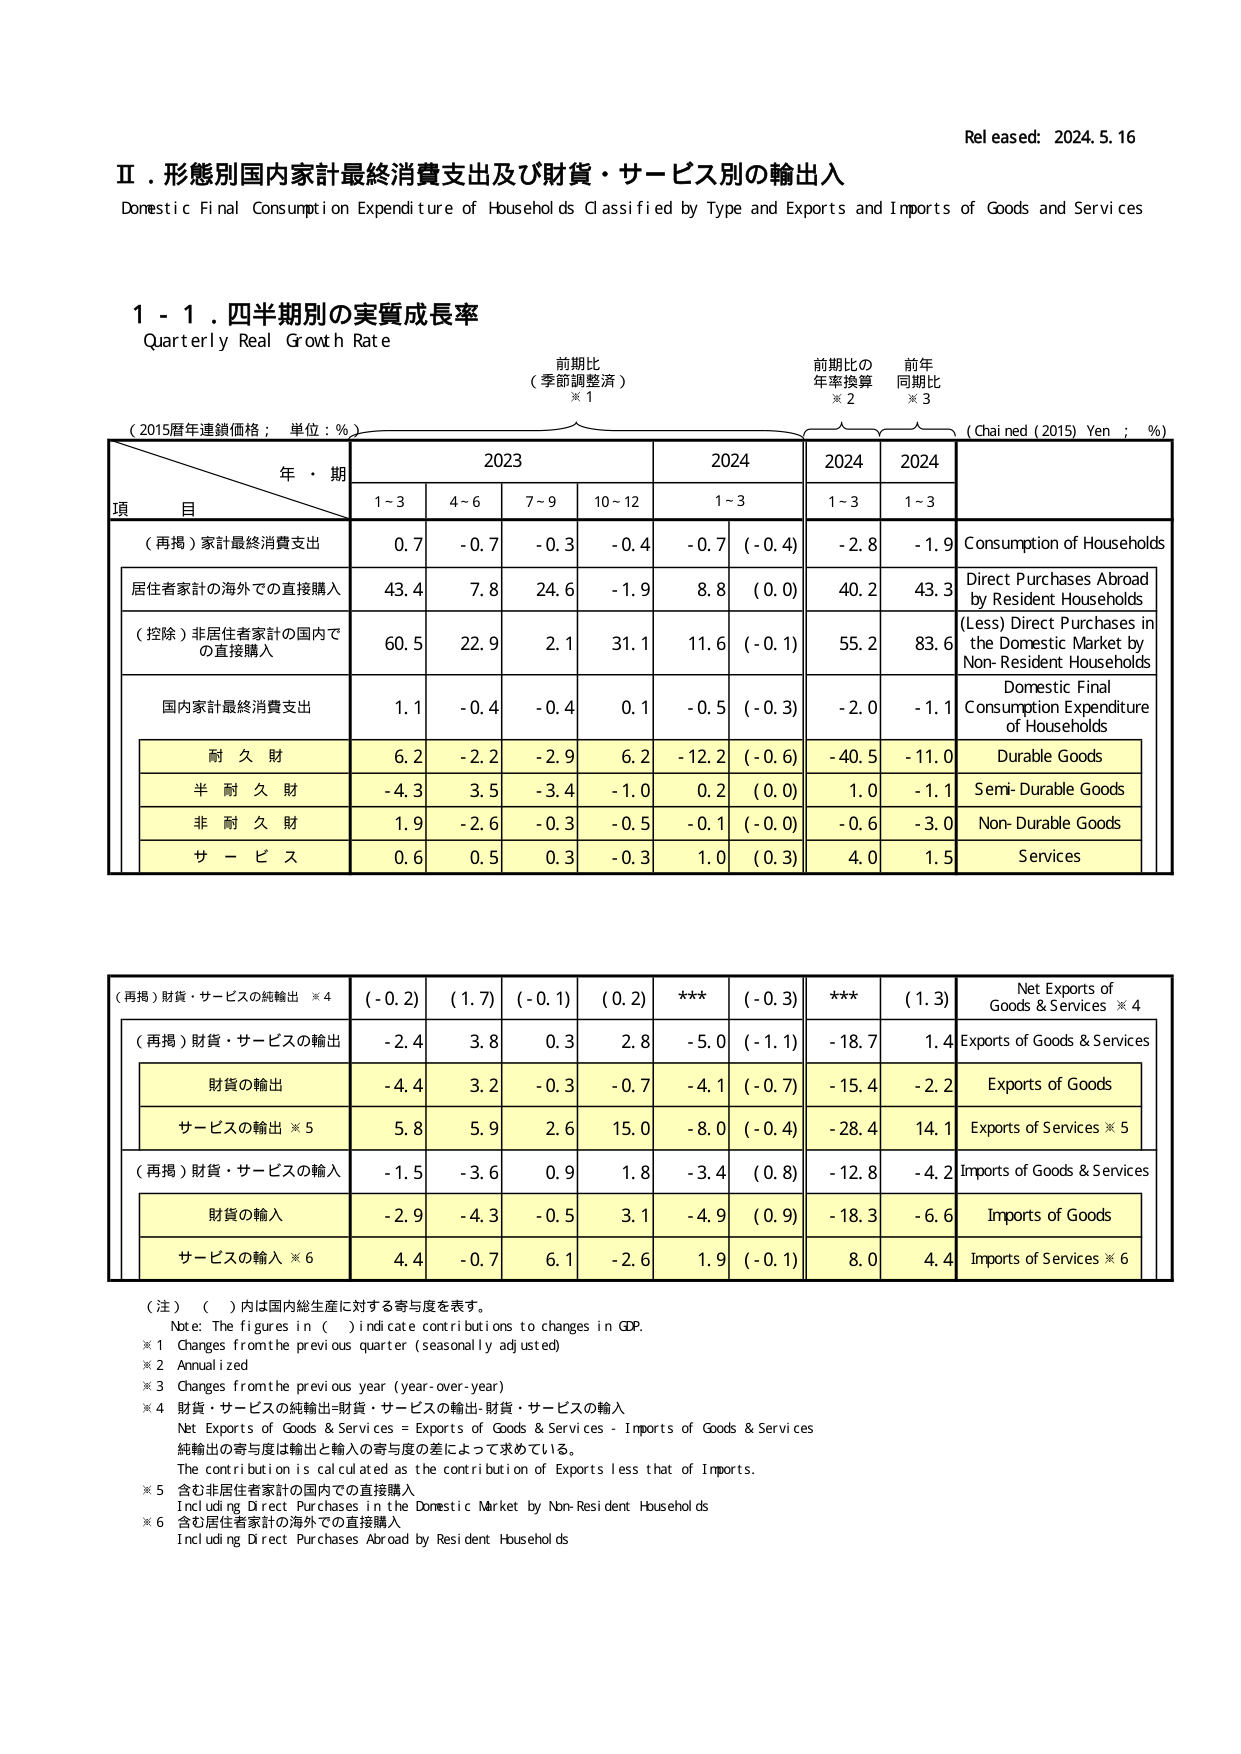
Released: 2024.5.16

Ⅱ．形態別国内家計最終消費支出及び財貨・サービス別の輸出入
Domestic Final Consumption Expenditure of Households Classified by Type and Exports and Imports of Goods and Services

1 - 1．四半期別の実質成長率
Quarterly Real Growth Rate

（2015暦年連鎖価格；単位：%）
前期待比
（季節調整済）
※1
前期比の
年率換算
※2
前年
同期比
※3
(Chained (2015) Yen ; %)

年・期
2023
2024
2024
2024

項 目
1~3
4~6
7~9
10~12
1~3
1~3
1~3

（再掲）家計最終消費支出
0.7
-0.7
-0.3
-0.4
-0.7 (-0.4)
-2.8
-1.9
Consumption of Households

居住者家計の海外での直接購入
43.4
7.8
24.6
-1.9
8.8 (0.0)
40.2
43.3
Direct Purchases Abroad by Resident Households

（控除）非居住者家計の国内での直接購入
60.5
22.9
2.1
31.1
11.6 (-0.1)
55.2
83.6
(Less) Direct Purchases in the Domestic Market by Non-Resident Households

国内家計最終消費支出
1.1
-0.4
-0.4
0.1
-0.5 (-0.3)
-2.0
-1.1
Domestic Final Consumption Expenditure of Households

耐久財
6.2
-2.2
-2.9
6.2
-12.2 (-0.6)
-40.5
-11.0
Durable Goods

半耐久財
-4.3
3.5
-3.4
-1.0
0.2 (0.0)
1.0
-1.1
Semi-Durable Goods

非耐久財
1.9
-2.6
-0.3
-0.5
-0.1 (-0.0)
-0.6
-3.0
Non-Durable Goods

サービス
0.6
0.5
0.3
-0.3
1.0 (0.3)
4.0
1.5
Services

（再掲）財貨・サービスの純輸出 ※4
(-0.2)
(1.7)
(-0.1)
(0.2)
***
(-0.3)
***
(1.3)
Net Exports of Goods & Services ※4

（再掲）財貨・サービスの輸出
-2.4
3.8
0.3
2.8
-5.0 (-1.1)
-18.7
1.4
Exports of Goods & Services

財貨の輸出
-4.4
3.2
-0.3
-0.7
-4.1 (-0.7)
-15.4
-2.2
Exports of Goods

サービスの輸出 ※5
5.8
5.9
2.6
15.0
-8.0 (-0.4)
-28.4
14.1
Exports of Services ※5

（再掲）財貨・サービスの輸入
-1.5
-3.6
0.9
1.8
-3.4 (0.8)
-12.8
-4.2
Imports of Goods & Services

財貨の輸入
-2.9
-4.3
-0.5
3.1
-4.9 (0.9)
-18.3
-6.6
Imports of Goods

サービスの輸入 ※6
4.4
-0.7
6.1
-2.6
1.9 (-0.1)
8.0
4.4
Imports of Services ※6

（注）（ ）内は国内総生産に対する寄与度を表す。
Note: The figures in ( ) indicate contributions to changes in GDP.
※1 Changes from the previous quarter (seasonally adjusted)
※2 Annualized
※3 Changes from the previous year (year-over-year)
※4 財貨・サービスの純輸出=財貨・サービスの輸出-財貨・サービスの輸入
Net Exports of Goods & Services = Exports of Goods & Services - Imports of Goods & Services
純輸出の寄与度は輸出と輸入の寄与度の差によって求めている。
The contribution is calculated as the contribution of Exports less that of Imports.
※5 含む非居住者家計の国内での直接購入
Including Direct Purchases in the Domestic Market by Non-Resident Households
※6 含む居住者家計の海外での直接購入
Including Direct Purchases Abroad by Resident Households